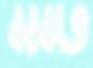
বরকাত